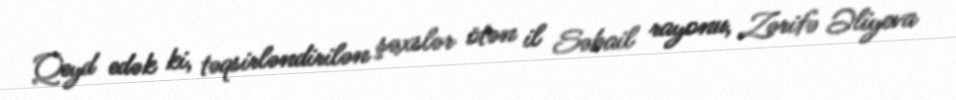
Qeyd edək ki, təqsirləndirilən şəxslər ötən il Səbail rayonu, Zərifə Əliyeva